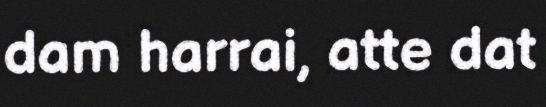
dam harrai, atte dat